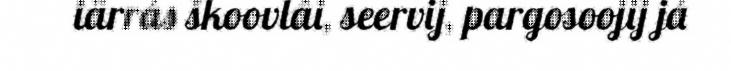
iärrás škoovlâi, seervij, pargosoojij já